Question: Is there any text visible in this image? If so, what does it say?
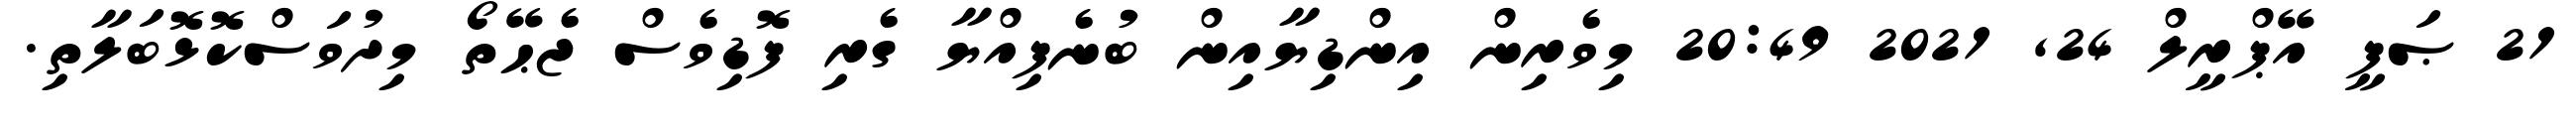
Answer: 21 ޞަފީ އޭޕްރީލް 24, 2021 20:49 މިވެރިން އިންޑިޔާއިން ބުނެފިއްޔާ ގެރި ފޮޑިވެސް ޖެޙޭތޯ މިދުވަސްކޮޅޮބަލާތި.